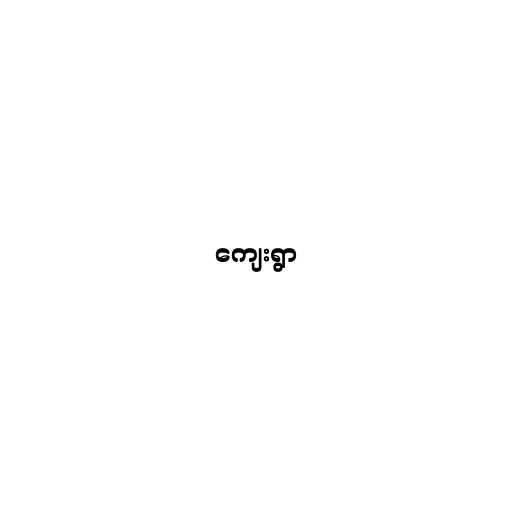
ကျေးရွာ